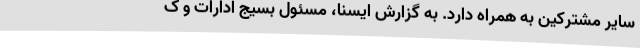
سایر مشترکین به همراه دارد. به گزارش ایسنا، مسئول بسیج ادارات و ک